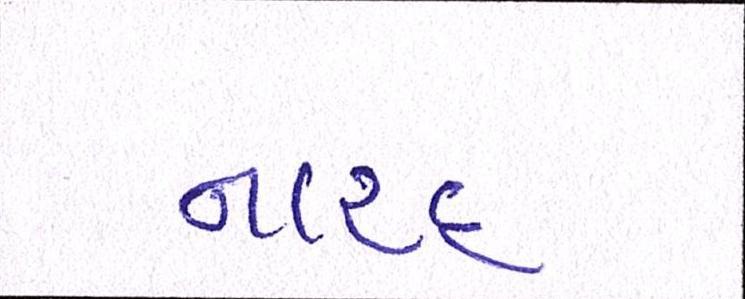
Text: નારદ